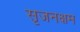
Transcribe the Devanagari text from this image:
सृजनक्षम